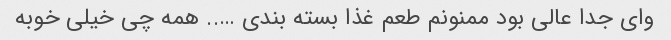
وای جدا عالی بود ممنونم طعم غذا بسته بندی ….. همه چی خیلی خوبه